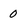
Character: 0